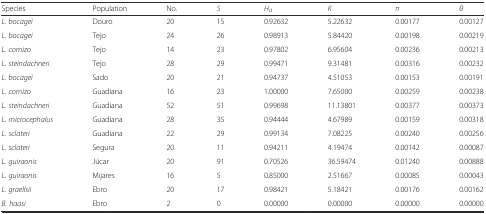
<table><thead><tr><td><b>Species</b></td><td><b>Population</b></td><td><b>No.</b></td><td><b><i>S</i></b></td><td><b><i>H</i><sub>d</sub></b></td><td><b><i>K</i></b></td><td><b><i>π</i></b></td><td><b><i>θ</i></b></td></tr></thead><tbody><tr><td><i>L. bocagei</i></td><td>Douro</td><td>20</td><td>15</td><td>0.92632</td><td>5.22632</td><td>0.00177</td><td>0.00127</td></tr><tr><td><i>L. bocagei</i></td><td>Tejo</td><td>24</td><td>26</td><td>0.98913</td><td>5.84420</td><td>0.00198</td><td>0.00219</td></tr><tr><td><i>L. comizo</i></td><td>Tejo</td><td>14</td><td>23</td><td>0.97802</td><td>6.95604</td><td>0.00236</td><td>0.00213</td></tr><tr><td><i>L. steindachneri</i></td><td>Tejo</td><td>28</td><td>29</td><td>0.99471</td><td>9.31481</td><td>0.00316</td><td>0.00232</td></tr><tr><td><i>L. bocagei</i></td><td>Sado</td><td>20</td><td>21</td><td>0.94737</td><td>4.51053</td><td>0.00153</td><td>0.00191</td></tr><tr><td><i>L. comizo</i></td><td>Guadiana</td><td>16</td><td>23</td><td>1.00000</td><td>7.65000</td><td>0.00259</td><td>0.00238</td></tr><tr><td><i>L. steindachneri</i></td><td>Guadiana</td><td>52</td><td>51</td><td>0.99698</td><td>11.13801</td><td>0.00377</td><td>0.00373</td></tr><tr><td><i>L. microcephalus</i></td><td>Guadiana</td><td>28</td><td>35</td><td>0.94444</td><td>4.67989</td><td>0.00159</td><td>0.00318</td></tr><tr><td><i>L. sclateri</i></td><td>Guadiana</td><td>22</td><td>29</td><td>0.99134</td><td>7.08225</td><td>0.00240</td><td>0.00256</td></tr><tr><td><i>L. sclateri</i></td><td>Segura</td><td>20</td><td>11</td><td>0.94211</td><td>4.19474</td><td>0.00142</td><td>0.00087</td></tr><tr><td><i>L. guiraonis</i></td><td>Júcar</td><td>20</td><td>91</td><td>0.70526</td><td>36.59474</td><td>0.01240</td><td>0.00888</td></tr><tr><td><i>L. guiraonis</i></td><td>Mijares</td><td>16</td><td>5</td><td>0.85000</td><td>2.51667</td><td>0.00085</td><td>0.00043</td></tr><tr><td><i>L. graellsii</i></td><td>Ebro</td><td>20</td><td>17</td><td>0.98421</td><td>5.18421</td><td>0.00176</td><td>0.00162</td></tr><tr><td><i>B. haasi</i></td><td>Ebro</td><td>2</td><td>0</td><td>0.00000</td><td>0.00000</td><td>0.00000</td><td>0.00000</td></tr></tbody></table>